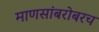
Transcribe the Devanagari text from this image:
माणसांबरोबरच